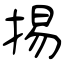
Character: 掦